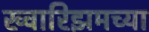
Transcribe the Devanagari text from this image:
ख्वारिझमच्या